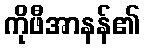
ကိုဖီအာနန်၏